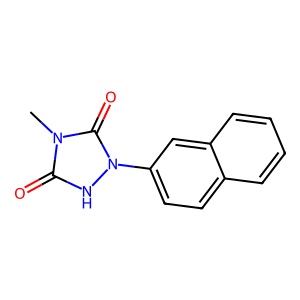
SMILES: Cn1c(=O)[nH]n(-c2ccc3ccccc3c2)c1=O
Inhibits HIV replication: No